Annual report of the Prince of Wales Medical College, Patna
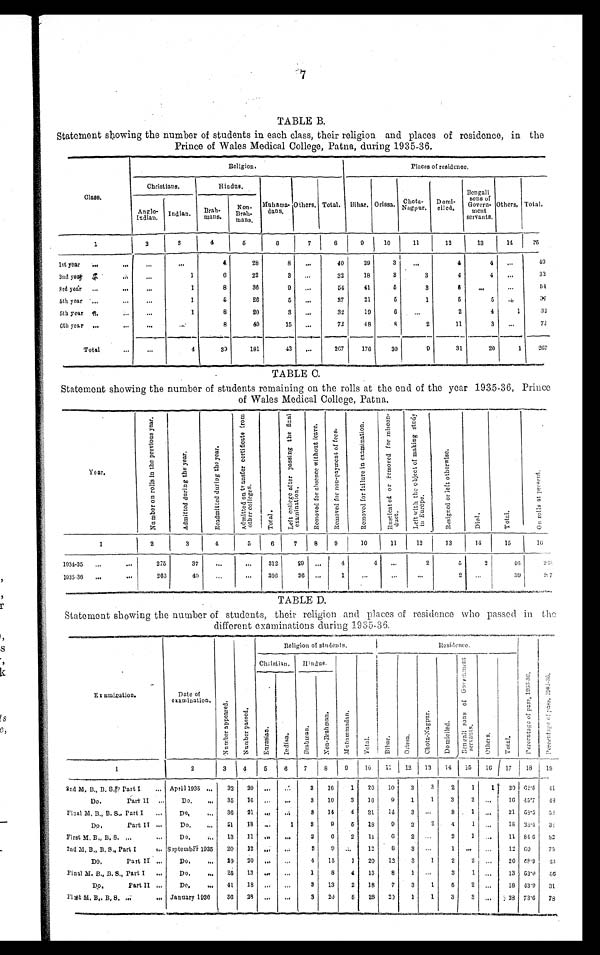
7
TABLE B.
Statement showing the number of students in each class, their religion and places of residence, in the
Prince of Wales Medical College, Patna, during 1935-36.
Class.
Religion.
Places of residence.
Christians.
Hindus.
Muhama -
dans.
O t h e r s . Total. Bihar. Orissa. Chota-
Nagpur. Domi-
ci l ed.
Bengali sons of
Govern- m e n t
servants.
Others. T o t a l .
Anglo-
Indian. Indian. Brah-
mans.
N o n -
Brah-
mans.
1
2
3
4
5
6
7
8
9
10
11
12
13
14 15
1st year ...
. . .
. . .
. . .
4
28
8 . . .
40
29
3
. . .
4
4 ...
40
2nd year ...
. . .
...
1
6
22
3 ...
32
18
3
3
4
4
. . . 3 2
3rd year ...
. . .
. . .
1
8
36
9
. . .
54
41
5
3
5 . . .
. . . 5 4
4th year ...
...
...
1
5
26
5 . . .
37
21
5
1
5
5
. . . 37
5th year ...
. . . ...
1
8
20
3
. . .
32
19
6 ,,,
2
4
1
32
6th year ...
. . .
. . .
...
8
49
15 ...
72
48
8
2
11
3 ...
72
Total
...
...
4
39
181
43 ...
267
1 7 6 30
9
31
20
1 267
TABLE C.
Statement showing the number of students remaining on the rolls at the end of the year 1935–36, Prince
of Wales Medical College, Patna.
Year.
N u m b e r o f r o l l s i n t h e p r e v i o u s y e a r .
A d m i t t e d d u r i n g t h e y e a r .
Re a dmi t t e d dur i ng t he ye a r . A d m i t t e d o n t r a n s f e r c e r t i f i c a t e f r o m o t h e r c o l l e g e s .
T o t a l .
L e f t c o l l e g e a f t e r p a s s i n g t h e f i n a l e x a m i n a t i o n . R e m o v e d f o r a b s e n c e w i t h o u t l e a v e .
R e m o v e d f o r n o n - p a y m e n t o f f e e s .
R e m o v e d f o r f a i l u r e i n e x a m i n a t i o n .
R u s t i c a t e d o r r e m o v e d f o r m i s c o n d u c t .
L e f t w i t h t h e o b j e c t o f m a k i n g s t u d y i n E u r o p e .
R e s i g n e d o r l e f t o t h e r w i s e .
D i e d .
T o t a l .
O n r o l l s a t p r e s e n t .
1
2
3 4
5
6
7 8 9
10
11
1 2 13
14
15
1 6
1934-35
. . .
...
275
37 ...
. . . 312
29 . . .
4
4 ...
2
5
2
46
266
1935-36 ...
. . .
266
40 ...
... 306
36 ...
1
...
...
...
2 ...
39
2 [ i l l e g i b l e ] 7
T A B L E D .
St atement showing the number of students, their religion and places of residence who passed in the
different examinations during 1935-36.
E x a m i n a t i o n .
Date of
examination.
N u m b e r a p p e a r e d .
N u m b e r p a s s e d .
Religion of students.
Residence.
Christian. Hindus.
M u h o m a d a n .
T o t a l .
B i h a r .
O r i s s a .
C h o t a - N a g p u r .
D o m i c i l e d .
B e n g a l i s o n s o f G o v e r n m e n t s e r v a n t s .
O t h e r s .
T o t a l .
P e r c e n t a g e o f p a s s , 1 9 3 5 - 3 6 . P e r c e n t a g e o f p a s s , 1 9 3 4 - 3 5 .
E u r a s i a n .
I n d i a n .
B r a h m a n .
N o n - B r a h m a n .
1
2
3 4 5
6 7
8 9 10 11 12 13 14 15 16 17 18 19
2nd M. B., B. S., Part I ... April 1935 . . . 32 20
. . . ...
3 16 1 20 10 3 3
2 1 1 20 62. 5 41
Do. Part II ... D o .
. . . 35 16 . . .
. . .
3 10 3 16 9 1 1 3 2
... 16 45.7
4 8
Final M. B., B. S., Part I ...
D o .
. . . 36 21
. . .
... 3 14 4 21 14 3
. . .
3 1
... 21 58. 3
5 6
Do. Part II . . . Do .
. . . 51 18
. . .
1 3 9 5 18
9 2 2 4
1 ... 18 38.4 3 [ i l l e g i b l e ]
First M. B., B. S.
. . .
. . . Do .
. . . 13 11
. . .
. . .
3
6 2 11 6 2
. . . 2 1 ... 11 84.6 82
2nd M. B., B. S., Part I
. . . September 1935 20 12
. . . ... 3
9
. . . 12 8 3 ...
1
. . . ... 12 6 0 75
Do. Part II . . . Do.
. . . 29 20
. . .
. . .
4 15 1 20 12 3 1
2 2 ... 20 68. 9 4 3
Final M. B., B. S., Part I ... Do.
. . . 25 13 ... ...
1 8 4 13 8 1 ...
3
1 . . . 13 53.0 56
Do. Part II . . . Do.
. . . 41 18
. . . ... 3 13 2 18 7 3 1 5 2
. . . 18 43.9 31
F i r s t M . B . , B . S .
. . .
. . . January 1936 36 28
. . .
. . .
3 20
5 28 20 1 1 3 3 . . .
28 73.6 78